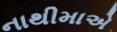
નાથીમાએ